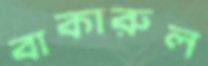
বাকারুল